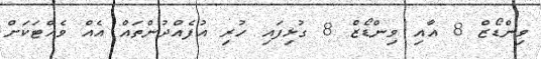
ވިންޑޯޒް 8 އާއި ވިންޑޯޒް 8 ގުޅިފައި ހުރި އުފެއްދުންތައް އެއް ވެއްޓަކަށް